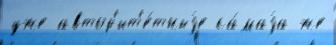
уже автор'ит'е́тныjе са́маjа же